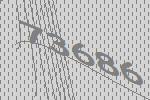
73686